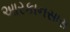
આરકાનસાસ